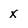
Character: x